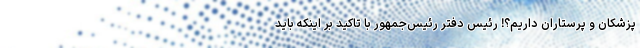
پزشکان و پرستاران داریم؟! رئیس دفتر رئیس‌جمهور با تاکید بر اینکه باید